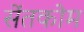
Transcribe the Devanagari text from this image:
सेंतकोम